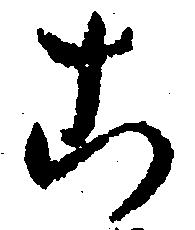
こ